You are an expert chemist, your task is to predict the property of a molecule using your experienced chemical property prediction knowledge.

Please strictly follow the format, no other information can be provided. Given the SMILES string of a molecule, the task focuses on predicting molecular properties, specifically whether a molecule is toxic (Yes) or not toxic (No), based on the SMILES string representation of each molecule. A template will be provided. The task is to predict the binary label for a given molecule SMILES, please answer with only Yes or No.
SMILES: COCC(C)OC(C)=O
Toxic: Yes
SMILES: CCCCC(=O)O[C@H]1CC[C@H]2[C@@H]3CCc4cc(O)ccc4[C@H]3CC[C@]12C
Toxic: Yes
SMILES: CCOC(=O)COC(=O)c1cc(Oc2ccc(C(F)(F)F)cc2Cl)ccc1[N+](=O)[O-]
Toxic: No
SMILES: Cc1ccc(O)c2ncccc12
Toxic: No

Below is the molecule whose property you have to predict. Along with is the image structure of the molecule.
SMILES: CCCCCCCCC1CO1
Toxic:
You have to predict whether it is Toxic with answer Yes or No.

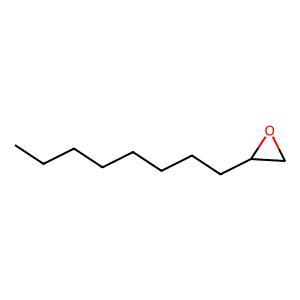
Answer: No